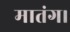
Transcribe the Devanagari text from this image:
मातंग।